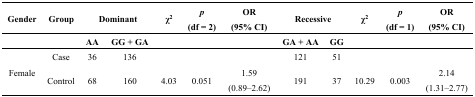
<table><thead><tr><td><b>Gender</b></td><td><b>Group</b></td><td colspan="2"><b>Dominant</b></td><td><b>χ<sup>2</sup></b></td><td><b><i>p</i> (df = 2)</b></td><td><b>OR (95% CI)</b></td><td colspan="2"><b>Recessive</b></td><td><b>χ<sup>2</sup></b></td><td><b><i>p</i> (df = 1)</b></td><td><b>OR (95% CI)</b></td></tr><tr><td></td><td></td><td><b>AA</b></td><td><b>GG + GA</b></td><td></td><td></td><td></td><td><b>GA + AA</b></td><td><b>GG</b></td><td></td><td></td><td></td></tr></thead><tbody><tr><td rowspan="2">Female</td><td>Case</td><td>36</td><td>136</td><td></td><td></td><td></td><td>121</td><td>51</td><td></td><td></td><td></td></tr><tr><td>Control</td><td>68</td><td>160</td><td>4.03 </td><td>0.051</td><td>1.59 (0.89–2.62)</td><td>191</td><td>37</td><td>10.29 </td><td>0.003</td><td>2.14 (1.31–2.77)</td></tr></tbody></table>